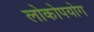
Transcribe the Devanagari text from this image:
लोकोपयोग